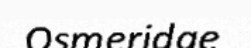
Osmeridae